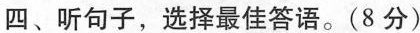
四、听句子,选择最佳答语.(8 分)